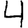
Digit: 4